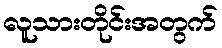
လူသားတိုင်းအတွက်